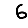
Digit: 6